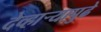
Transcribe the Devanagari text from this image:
देव्हार्‍यापुढे